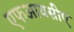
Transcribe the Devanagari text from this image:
एफआयसीए